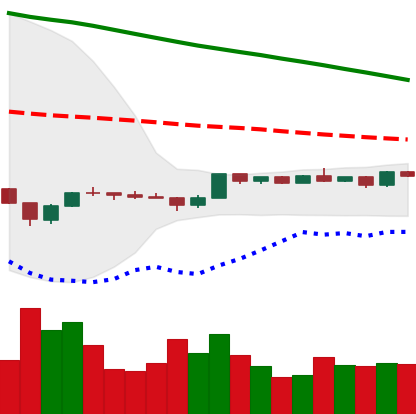
Ticker: BTC-USD
Chart end date: 2022-12-09
Forward return: 3.984%
Label: up_3_5